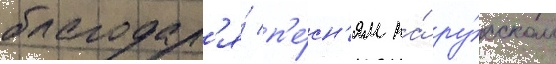
благодар'я́ п'е́сн'ям на́ ру́сском